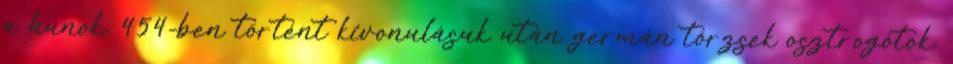
a hunok, 454-ben történt kivonulásuk után germán törzsek osztrogótok,